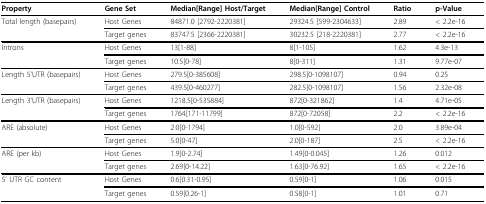
<table><thead><tr><td><b>Property</b></td><td><b>Gene Set</b></td><td><b>Median[Range] Host/Target</b></td><td><b>Median[Range] Control</b></td><td><b>Ratio</b></td><td><b>p-Value</b></td></tr></thead><tbody><tr><td>Total length (basepairs)</td><td>Host Genes</td><td>84871.0 [2792-2220381]</td><td>29324.5 [599-2304633]</td><td>2.89</td><td>&lt; 2.2e-16</td></tr><tr><td></td><td>Target genes</td><td>83747.5 [2366-2220381]</td><td>30232.5 [218-2220381]</td><td>2.77</td><td>&lt; 2.2e-16</td></tr><tr><td>Introns</td><td>Host Genes</td><td>13[1-88]</td><td>8[1-105]</td><td>1.62</td><td>4.3e-13</td></tr><tr><td></td><td>Target genes</td><td>10.5[0-78]</td><td>8[0-311]</td><td>1.31</td><td>9.77e-07</td></tr><tr><td>Length 5&#x27;UTR (basepairs)</td><td>Host Genes</td><td>279.5[0-385608]</td><td>298.5[0-1098107]</td><td>0.94</td><td>0.25</td></tr><tr><td></td><td>Target genes</td><td>439.5[0-460277]</td><td>282.5[0-1098107]</td><td>1.56</td><td>2.32e-08</td></tr><tr><td>Length 3&#x27;UTR (basepairs)</td><td>Host Genes</td><td>1218.5[0-535884]</td><td>872[0-321862]</td><td>1.4</td><td>4.71e-05</td></tr><tr><td></td><td>Target genes</td><td>1764[171-11799]</td><td>872[0-72058]</td><td>2.2</td><td>&lt; 2.2e-16</td></tr><tr><td>ARE (absolute)</td><td>Host Genes</td><td>2.0[0-1794]</td><td>1.0[0-592]</td><td>2.0</td><td>3.89e-04</td></tr><tr><td></td><td>Target genes</td><td>5.0[0-47]</td><td>2.0[0-187]</td><td>2.5</td><td>&lt; 2.2e-16</td></tr><tr><td>ARE (per kb)</td><td>Host Genes</td><td>1.9[0-2.74]</td><td>1.49[0-0.045]</td><td>1.26</td><td>0.012</td></tr><tr><td></td><td>Target genes</td><td>2.69[0-14.22]</td><td>1.63[0-76.92]</td><td>1.65</td><td>&lt; 2.2e-16</td></tr><tr><td>5&#x27; UTR GC content</td><td>Host Genes</td><td>0.6[0.31-0.95]</td><td>0.59[0-1]</td><td>1.06</td><td>0.015</td></tr><tr><td></td><td>Target genes</td><td>0.59[0.26-1]</td><td>0.58[0-1]</td><td>1.01</td><td>0.71</td></tr></tbody></table>